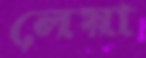
লেয়া